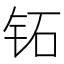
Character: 𬬷